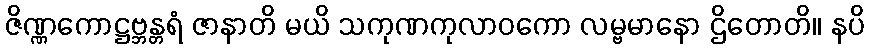
ဇိဏ္ဏကောဋ္ဌဗ္ဘန္တရံ ဇာနာတိ မယိ သကုဏကုလာဝကော လမ္ဗမာနော ဌိတောတိ။ နပိ